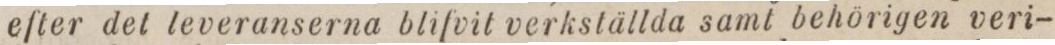
efter det leveranserna blifvit verkställda samt behörigen veri-